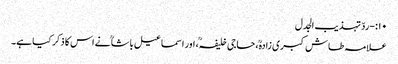
۱۰:-ردّ تہذیب الجدل
علامہ طاش کبری زادہؒ، حاجی خلیفہؒ، اور اسماعیل باشاؒ نے اس کا ذکر کیا ہے۔